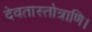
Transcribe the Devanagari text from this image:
देवतास्तोत्राणि।